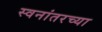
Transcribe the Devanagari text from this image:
स्वनांतरच्या